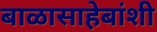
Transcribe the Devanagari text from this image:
बाळासाहेबांशी